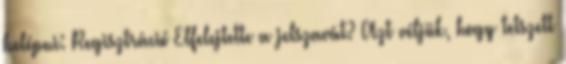
belépni: Regisztráció Elfelejtette a jelszavát? Azt véljük, hogy tetszett